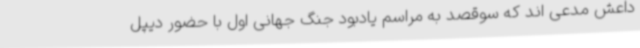
داعش مدعی اند که سوقصد به مراسم یادبود جنگ جهانی اول با حضور دیپل